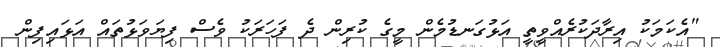
"އެކަމަކު އިރާދަކުރެއްވީތީ އަޅުގަނޑުމެން މީގެ ކުރިން ދެ ފަހަރަކު ވެސް ފިޔަވަޅުތައް އަޅައިފިން